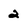
Character: 2